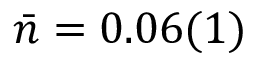
\bar { n } = 0 . 0 6 ( 1 )